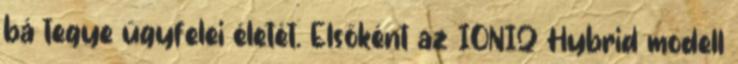
bá tegye ügyfelei életét. Elsőként az IONIQ Hybrid modell